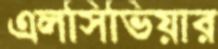
এলসিভিয়ার